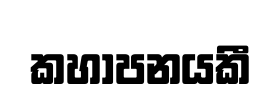
කහාපනයකී